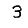
Digit: 3